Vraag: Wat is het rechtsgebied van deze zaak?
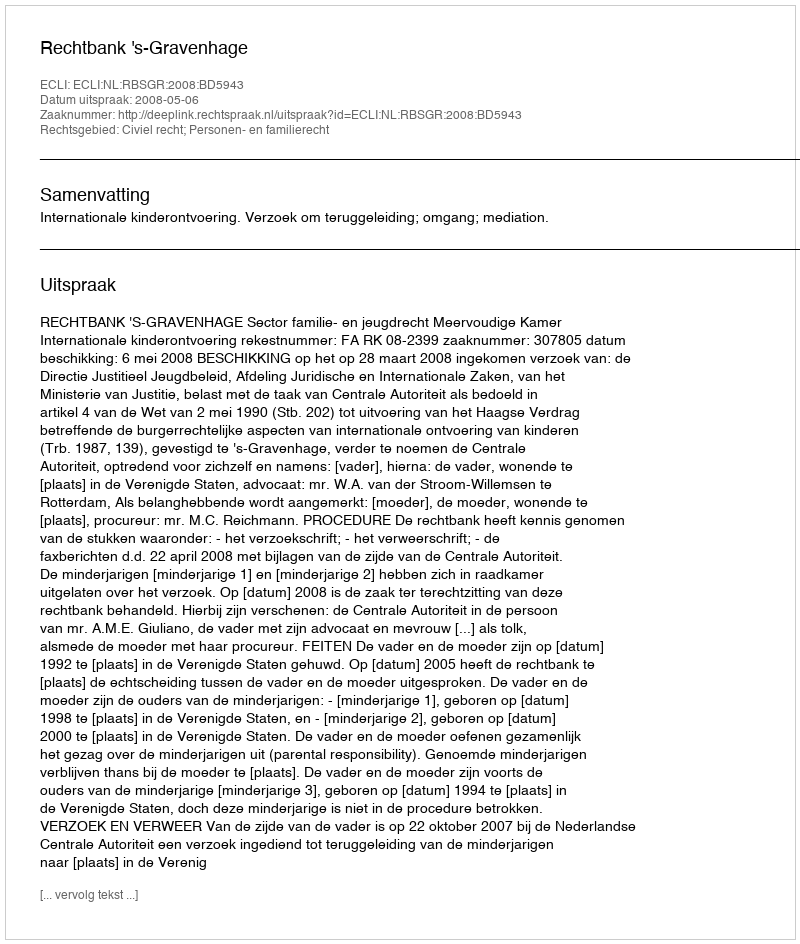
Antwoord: Civiel recht; Personen- en familierecht